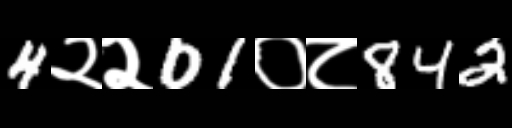
Text: 4२२01०८842